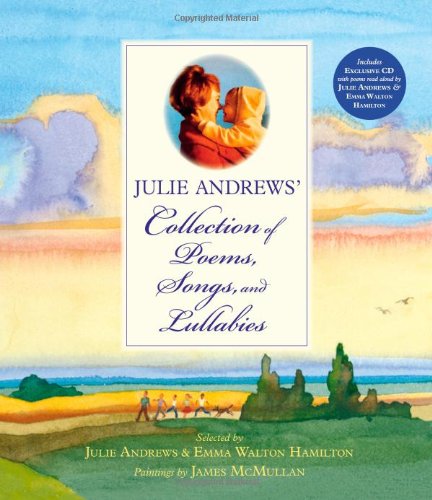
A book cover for Julie Andrews' Collection of Poems, Songs, and Lullabies; Julie Andrews; Children's Books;